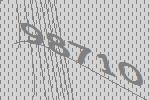
98710